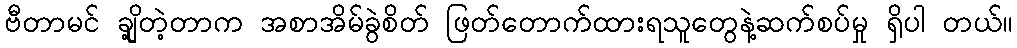
ဗီတာမင် ချို့တဲ့တာက အစာအိမ်ခွဲစိတ် ဖြတ်တောက်ထားရသူတွေနဲ့ဆက်စပ်မှု ရှိပါ တယ်။